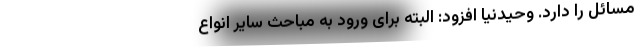
مسائل را دارد. وحیدنیا افزود: البته برای ورود به مباحث سایر انواع